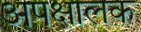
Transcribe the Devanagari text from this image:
अपक्षालक